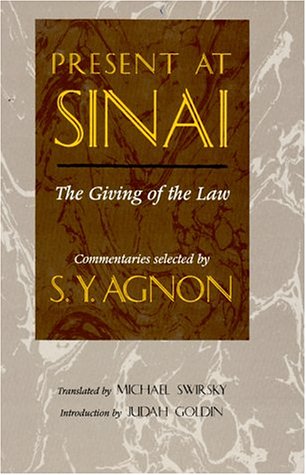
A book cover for Present at Sinai: The Giving of the Law : Commentaries Selected by S.Y. Agnon; Religion & Spirituality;